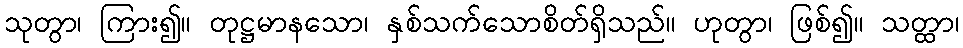
သုတွာ၊ ကြား၍။ တုဋ္ဌမာနသော၊ နှစ်သက်သောစိတ်ရှိသည်။ ဟုတွာ၊ ဖြစ်၍။ သတ္ထာ၊